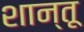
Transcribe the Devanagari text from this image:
शान्तू